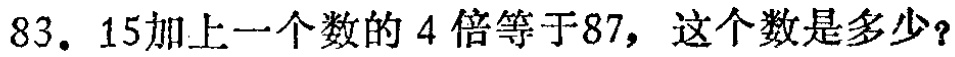
83. 15加上一个数的4倍等于87，这个数是多少？